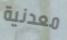
معدنية